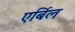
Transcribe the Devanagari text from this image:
एर्बिल